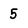
Character: 5